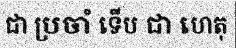
ជា ប្រចាំ ទើប ជា ហេតុ